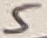
Text: 5